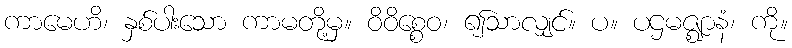
ကာမေဟိ၊ နှစ်ပါးသော ကာမတို့မှ။ ဝိဝိစ္စေဝ၊ ၍သာလျှင်။ ပ။ ပဌမဇ္ဈာနံ၊ ကို။